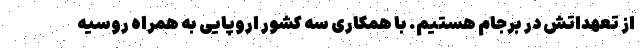
از تعهداتش در برجام هستیم. با همکاری سه کشور اروپایی به همراه روسیه